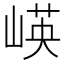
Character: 𱛻